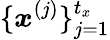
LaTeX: \{ \boldsymbol{x}^{(j)}\} _{j=1}^{t_{x}}